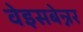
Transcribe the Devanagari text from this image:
वेइसबेन्नर